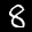
Label: 8